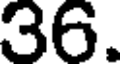
36.